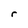
Character: r